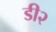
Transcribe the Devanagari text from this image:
डी२